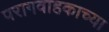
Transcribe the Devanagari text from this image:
परागवाहकाच्या